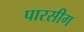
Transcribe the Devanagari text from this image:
पारसीग